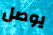
يوصل